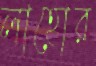
লাহোর